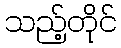
သည့်တိုင်